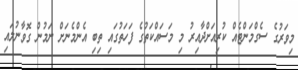
މިވަރުގެ ސެގްމަންޓެއް ކުރިއަށްދާއިރު މި މަސައްކަތުގެ ފަހަތުގައި ތިބި އެންމެނަށް ނަމުން ގޮވާނުލައި